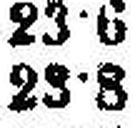
23·8